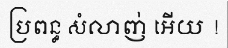
ប្រពន្ធ សំលាញ់ អើយ !